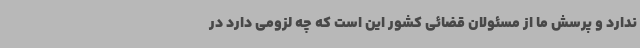
ندارد و پرسش ما از مسئولان قضائی کشور این است که چه لزومی دارد در